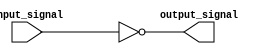
module open_drain_inverter (
    input wire input_signal,
    output wire output_signal
);

assign output_signal = ~input_signal;

endmodule